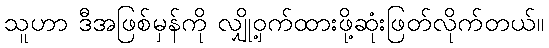
သူဟာ ဒီအဖြစ်မှန်ကို လျှို့ဝှက်ထားဖို့ဆုံးဖြတ်လိုက်တယ်။